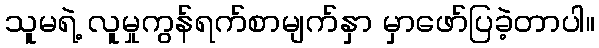
သူမရဲ့ လူမှုကွန်ရက်စာမျက်နှာ မှာဖော်ပြခဲ့တာပါ။